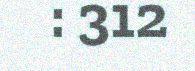
: 312